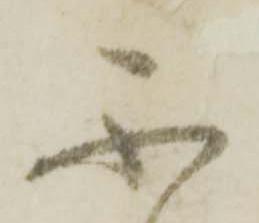
不